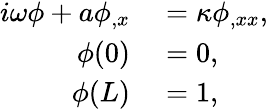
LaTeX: \begin{array}{rl}{i\omega\phi+a\phi_{,x}}&{{}=\kappa\phi_{,xx},}\\ {\phi(0)}&{{}=0,}\\ {\phi(L)}&{{}=1,}\end{array}